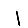
Digit: 1